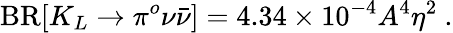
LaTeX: \mathrm{BR}[K_{L}\to\pi^{o}\nu\bar{\nu}]=4.34\times 10^{-4}A^{4}\eta^{2}~.